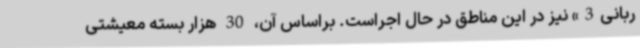
ربانی3» نیز در این مناطق در حال اجراست. براساس آن، 30 هزار بسته معیشتی